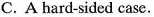
C. A hard-sided case.